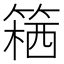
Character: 𥱛